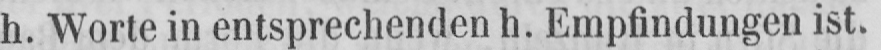
h. Worte in entsprechenden h. Empfindungen ist.